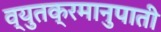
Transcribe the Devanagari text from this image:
व्युतक्रमानुपाती